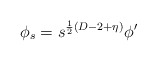
\begin{align*}\phi_{s} = s^{\frac{1}{2} (D-2+\eta)} \phi^{\prime}\end{align*}